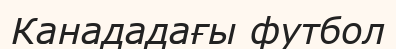
Канададағы футбол